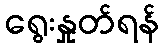
ရွေးနှုတ်ရန်